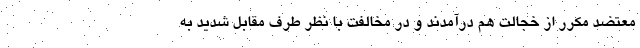
معتضد مکرر از خجالت هم درآمدند و در مخالفت با نظر طرف مقابل شدید به